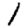
Digit: 1